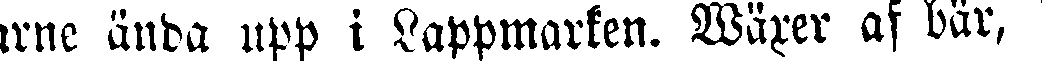
garne ända upp i Lappmarken. Wäxer af bär,